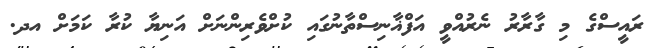
ރައީސްގެ މި ގާރާރު ނެރުއްވީ އަފްޣާނިސްތާނުގައި ކުށްވެރިންނަށް އަނިޔާ ކުރާ ކަމަށް އދ.